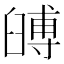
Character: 𦦐